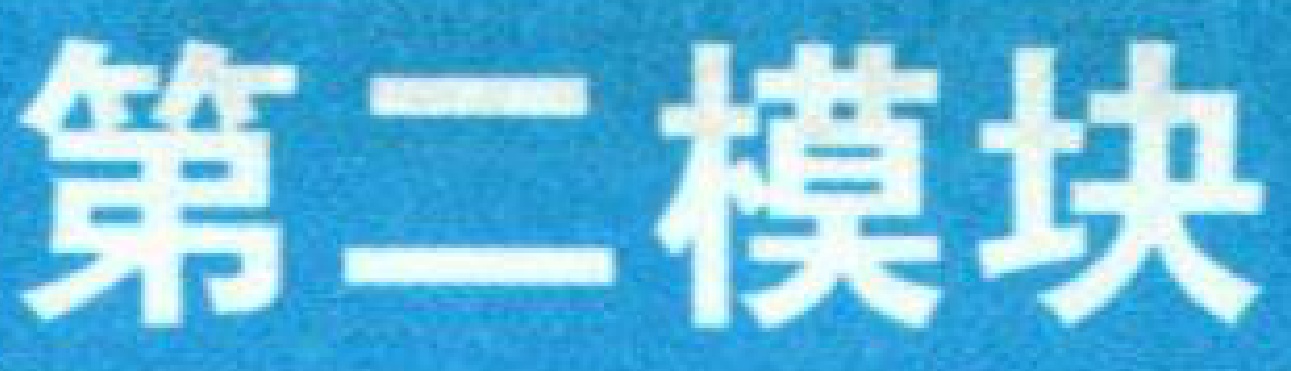
第二模块